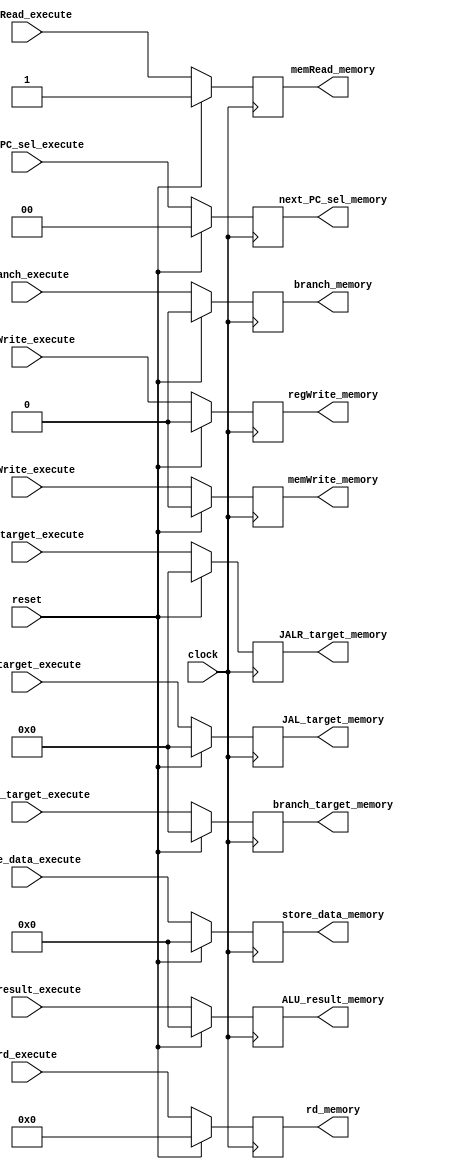
/** @module : execute_pipe_unit
 *  @author : Adaptive & Secure Computing Systems (ASCS) Laboratory
 
 *  Copyright (c) 2018 BRISC-V (ASCS/ECE/BU)
 *  Permission is hereby granted, free of charge, to any person obtaining a copy
 *  of this software and associated documentation files (the "Software"), to deal
 *  in the Software without restriction, including without limitation the rights
 *  to use, copy, modify, merge, publish, distribute, sublicense, and/or sell
 *  copies of the Software, and to permit persons to whom the Software is
 *  furnished to do so, subject to the following conditions:
 *  The above copyright notice and this permission notice shall be included in
 *  all copies or substantial portions of the Software.

 *  THE SOFTWARE IS PROVIDED "AS IS", WITHOUT WARRANTY OF ANY KIND, EXPRESS OR
 *  IMPLIED, INCLUDING BUT NOT LIMITED TO THE WARRANTIES OF MERCHANTABILITY,
 *  FITNESS FOR A PARTICULAR PURPOSE AND NONINFRINGEMENT. IN NO EVENT SHALL THE
 *  AUTHORS OR COPYRIGHT HOLDERS BE LIABLE FOR ANY CLAIM, DAMAGES OR OTHER
 *  LIABILITY, WHETHER IN AN ACTION OF CONTRACT, TORT OR OTHERWISE, ARISING FROM,
 *  OUT OF OR IN CONNECTION WITH THE SOFTWARE OR THE USE OR OTHER DEALINGS IN
 *  THE SOFTWARE.
 */

module execute_pipe_unit #(parameter  DATA_WIDTH = 32,
                             ADDRESS_BITS = 20)(

    input clock, reset,
    input [DATA_WIDTH-1:0]   ALU_result_execute,
    input [DATA_WIDTH-1:0]   store_data_execute,
    input [ADDRESS_BITS-1:0] JAL_target_execute,
    input [ADDRESS_BITS-1:0] JALR_target_execute,
    input [4:0] rd_execute,
    input [1:0] next_PC_sel_execute,
    input branch_execute,
    input memRead_execute,
    input memWrite_execute,
    input regWrite_execute,
    input [ADDRESS_BITS-1:0]  branch_target_execute,
 
    output [DATA_WIDTH-1:0]   ALU_result_memory,
    output [DATA_WIDTH-1:0]   store_data_memory,
    output [ADDRESS_BITS-1:0] JAL_target_memory,
    output [ADDRESS_BITS-1:0] JALR_target_memory,
    output [4:0] rd_memory,
    output [1:0] next_PC_sel_memory,
    output branch_memory,
    output memRead_memory,
    output memWrite_memory,
    output regWrite_memory,
    output [ADDRESS_BITS-1:0] branch_target_memory
    );
    
reg  [DATA_WIDTH-1:0]   ALU_result_execute_to_memory;  
reg  [DATA_WIDTH-1:0]   store_data_execute_to_memory;  
reg  [ADDRESS_BITS-1:0] JAL_target_execute_to_memory;
reg  [ADDRESS_BITS-1:0] JALR_target_execute_to_memory;
reg  [4:0] rd_execute_to_memory; 
reg  branch_execute_to_memory;   
reg  memRead_execute_to_memory;    
reg  memWrite_execute_to_memory;       
reg  [1:0] next_PC_sel_execute_to_memory;
reg  regWrite_execute_to_memory;
reg  [ADDRESS_BITS-1:0] branch_target_execute_to_memory;

assign ALU_result_memory    = ALU_result_execute_to_memory;
assign store_data_memory    = store_data_execute_to_memory;       
assign JAL_target_memory    = JAL_target_execute_to_memory; 
assign JALR_target_memory   = JALR_target_execute_to_memory;   
assign rd_memory            = rd_execute_to_memory;    
assign branch_memory        = branch_execute_to_memory;
assign memRead_memory       = memRead_execute_to_memory;  
assign memWrite_memory      = memWrite_execute_to_memory; 
assign next_PC_sel_memory   = next_PC_sel_execute_to_memory;
assign regWrite_memory      = regWrite_execute_to_memory;
assign branch_target_memory = branch_target_execute_to_memory;
    
always @(posedge clock) begin
   if(reset) begin    
      ALU_result_execute_to_memory    <= {DATA_WIDTH{1'b0}};
      store_data_execute_to_memory    <= {DATA_WIDTH{1'b0}};
      JAL_target_execute_to_memory    <= {ADDRESS_BITS{1'b0}};
      JALR_target_execute_to_memory   <= {ADDRESS_BITS{1'b0}};
      rd_execute_to_memory            <= 5'b0;
      branch_execute_to_memory        <= 1'b0;
      memRead_execute_to_memory       <= 1'b1;
      memWrite_execute_to_memory      <= 1'b0;
      next_PC_sel_execute_to_memory   <= 2'b0;
      regWrite_execute_to_memory      <= 1'b0;          
      branch_target_execute_to_memory <= {ADDRESS_BITS{1'b0}};
   end 
   else begin
      ALU_result_execute_to_memory    <= ALU_result_execute; 
      store_data_execute_to_memory    <= store_data_execute; 
      JAL_target_execute_to_memory    <= JAL_target_execute; 
      JALR_target_execute_to_memory   <= JALR_target_execute;
      rd_execute_to_memory            <= rd_execute; 
      branch_execute_to_memory        <= branch_execute;   
      memRead_execute_to_memory       <= memRead_execute;     
      memWrite_execute_to_memory      <= memWrite_execute;    
      next_PC_sel_execute_to_memory   <= next_PC_sel_execute;
      regWrite_execute_to_memory      <= regWrite_execute;
      branch_target_execute_to_memory <= branch_target_execute;
   end
end    
endmodule